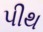
પીથ